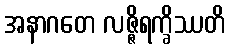
အနာဂတေ လဇ္ဇိရက္ခိဿတိ